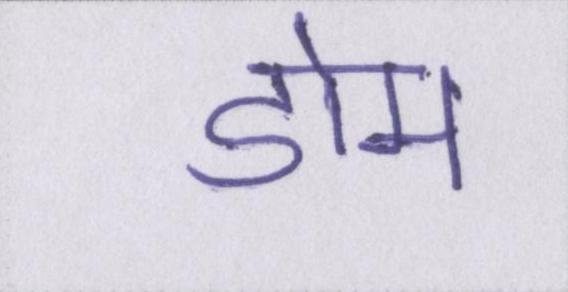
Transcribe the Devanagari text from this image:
डोम